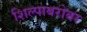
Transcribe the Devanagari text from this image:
शिल्पाबरोबर